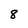
Character: 8